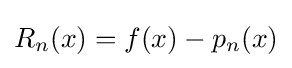
{\textstyle R_{n}(x)=f(x)-p_{n}(x)}